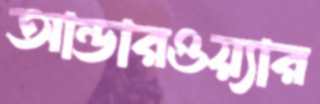
আন্ডারওয়্যার